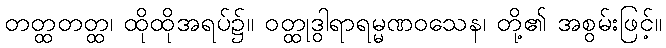
တတ္ထတတ္ထ၊ ထိုထိုအရပ်၌။ ဝတ္ထုဒွါရာရမ္မဏဝသေန၊ တို့၏ အစွမ်းဖြင့်။